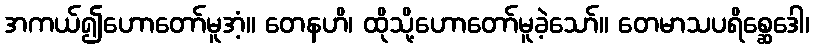
အကယ်၍ဟောတော်မူအံ့။ တေနဟိ၊ ထိုသို့ဟောတော်မူခဲ့သော်။ တေမာသပရိစ္ဆေဒေါ၊